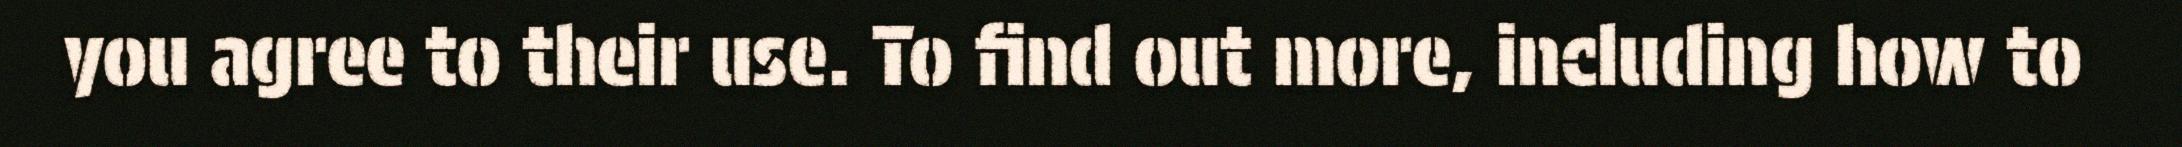
you agree to their use. To find out more, including how to